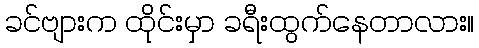
ခင်ဗျားက ထိုင်းမှာ ခရီးထွက်နေတာလား။